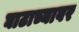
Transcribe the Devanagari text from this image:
घाटाच्यावर